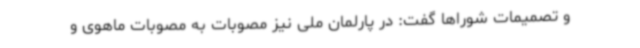
و تصمیمات شوراها گفت: در پارلمان ملی نیز مصوبات به مصوبات ماهوی و